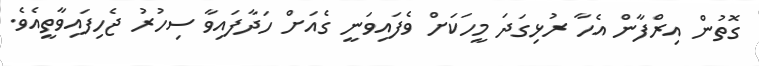
ގޮތުން އިރްފާން އެހާ ރުޅިގަދަ މީހަކަށް ވެފައިވަނީ ގެއަށް ހަދާފައިވާ ސިހުރު ޖެހިފައިވާތީއެވެ.